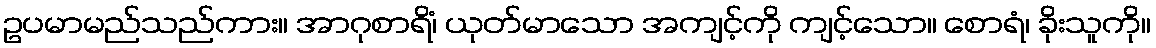
ဥပမာမည်သည်ကား။ အာဂုစာရိံ၊ ယုတ်မာသော အကျင့်ကို ကျင့်သော။ စောရံ၊ ခိုးသူကို။